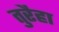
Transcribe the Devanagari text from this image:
तुरैहा